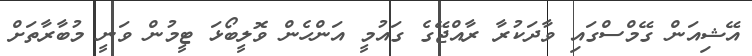
އޭޝިއަން ގޭމްސްގައި ވާދަކުރާ ރާއްޖޭގެ ގައުމީ އަންހެން ވޮލީބޯޅަ ޓީމުން ވަނީ މުބާރާތަށް